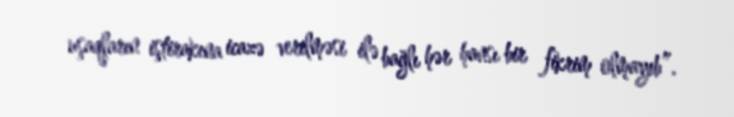
uşaqların iştirakına icazə verilməsi ilə bağlı hər hansı bir fikrim olmayıb”.